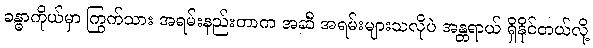
ခန္ဓာကိုယ်မှာ ကြွက်သား အရမ်းနည်းတာက အဆီ အရမ်းများသလိုပဲ အန္တရာယ် ရှိနိုင်တယ်လို့